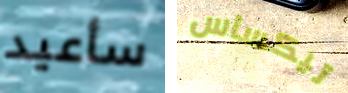
سأعيد تيكساس